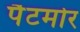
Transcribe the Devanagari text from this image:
पैटमोर